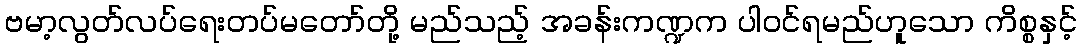
ဗမာ့လွတ်လပ်ရေးတပ်မတော်တို့ မည်သည့် အခန်းကဏ္ဍက ပါဝင်ရမည်ဟူသော ကိစ္စနှင့်